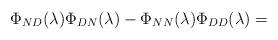
LaTeX: \begin{align*}\Phi_{ND}(\lambda)\Phi_{DN}(\lambda)-\Phi_{NN}(\lambda)\Phi_{DD}(\lambda)=\end{align*}